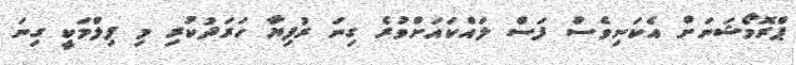
ޕްރޮމޯޝަނަށް އެކަނިވެސް ފަސް ލައްކައަށްވުރެ ގިނަ ރުފިޔާ ހަރަދުކުރި މި ފިލްމަކީ ގިނަ